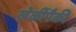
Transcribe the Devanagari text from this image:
खेळींपैकी